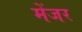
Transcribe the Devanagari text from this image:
मेंजर